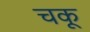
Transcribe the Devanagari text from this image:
चकू